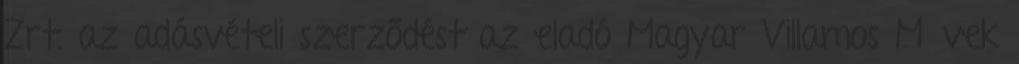
Zrt. az adásvételi szerződést az eladó Magyar Villamos Művek